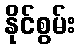
နိုင်စွမ်း